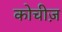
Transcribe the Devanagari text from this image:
कोचीज़